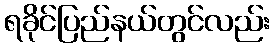
ရခိုင်ပြည်နယ်တွင်လည်း